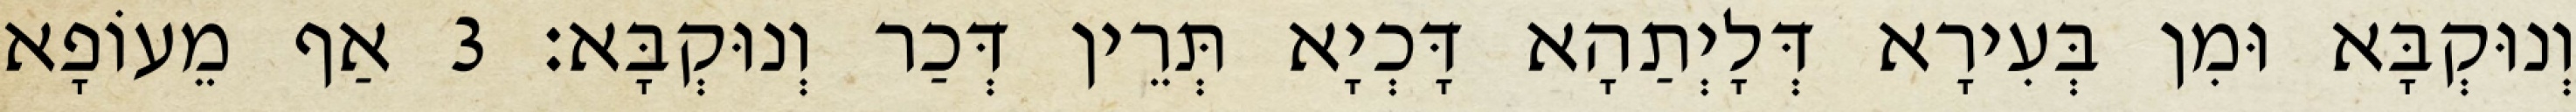
וְנוּקְבָּא וּמִן בְּעִירָא דְּלָיְתַהָא דָּכְיָא תְּרֵין דְּכַר וְנוּקְבָּא׃ 3 אַף מֵעוֹפָא